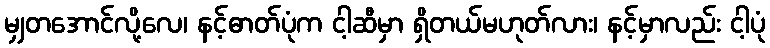
မျှတအောင်လို့လေ၊ နင့်ဓာတ်ပုံက ငါ့ဆီမှာ ရှိတယ်မဟုတ်လား၊ နင့်မှာလည်း ငါ့ပုံ